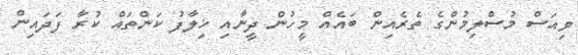
ވިއަސް މުސްލިމުންގެ ތެރެއިން ބައެއް މީހުން ދީނާއި ޚިލާފު ކަންތައް ކުރާ ފަދައިން